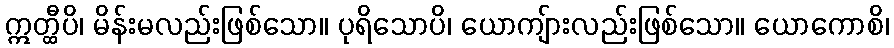
ဣတ္ထီပိ၊ မိန်းမလည်းဖြစ်သော။ ပုရိသောပိ၊ ယောကျ်ားလည်းဖြစ်သော။ ယောကောစိ၊